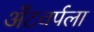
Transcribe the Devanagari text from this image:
अँटवर्पला